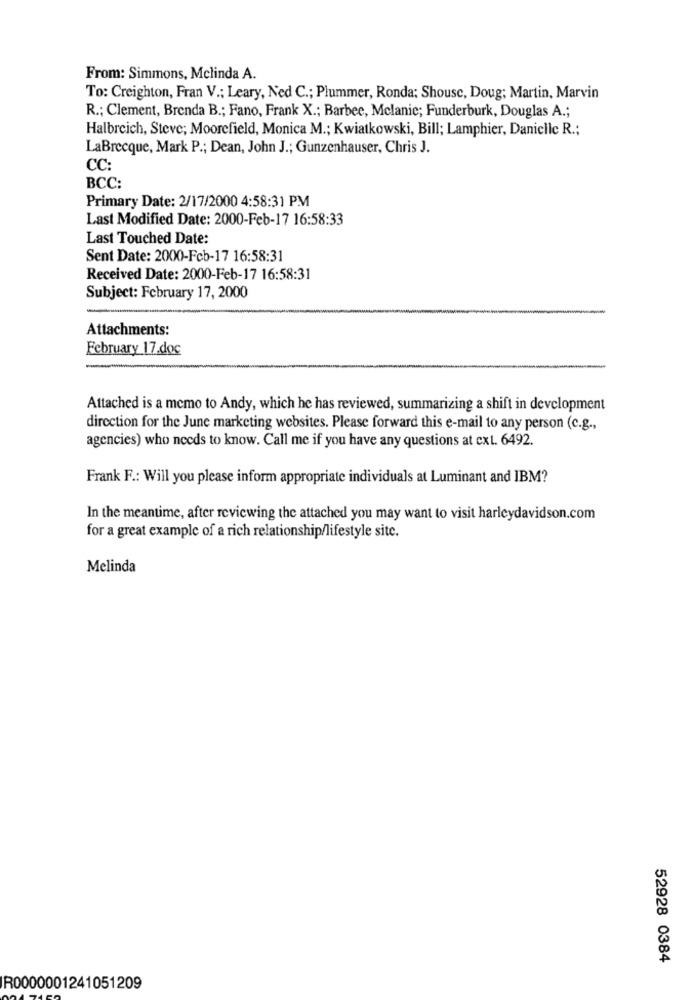
From: Simmons, Melinda A.
To: Creighton, Fran V .; Leary, Ned C .; Plummer, Ronda; Shouse, Doug; Martin, Marvin
R .; Clement, Brenda B .; Fano, Frank X .; Barbee, Melanie; Funderburk, Douglas A .;
Halbreich, Steve; Moorefield, Monica M .; Kwiatkowski, Bill; Lamphier, Danicllc R .;
LaBrecque, Mark P .; Dean, John J .; Gunzenhauser, Chris J.
CC:
BCC:
Primary Date: 2/17/2000 4:58:31 PM
Last Modified Date: 2000-Feb-17 16:58:33
Last Touched Date:
Sent Date: 2000-Feb-17 16:58:31
Received Date: 2000-Feb-17 16:58:31
Subject: February 17, 2000
Attachments:
February 17.doc
-
Attached is a memo to Andy, which he has reviewed, summarizing a shift in development
direction for the June marketing websites. Please forward this e-mail to any person (c.g .,
agencies) who needs to know. Call me if you have any questions at ext. 6492.
Frank F .: Will you please inform appropriate individuals at Luminant and IBM?
In the meantime, after reviewing the attached you may want to visit harleydavidson.com
for a great example of a rich relationship/lifestyle site.
Melinda
52928 0384
R0000001241051209